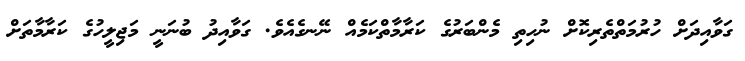
ގަވާއިދަށް ހުރުމަތްތެރިކޮށް ނުހިތި މެންބަރުގެ ކަރާމާތްކަމެއް ނޭނގެއެވެ. ގަވާއިދު ބުނަނީ މަޖިލީހުގެ ކަރާމާތަށް